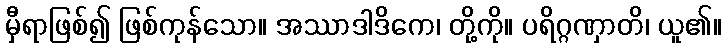
မှီရာဖြစ်၍ ဖြစ်ကုန်သော။ အဿာဒါဒိကေ၊ တို့ကို။ ပရိဂ္ဂဏှာတိ၊ ယူ၏။